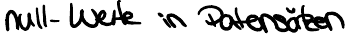
null-Werte in Datensätzen